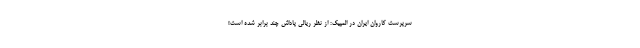
سرپرست کاروان ایران در المپیک: از نظر ریالی پاداش چند برابر شده است!